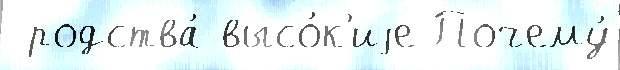
 родства́ высо́к'иjе Почему́